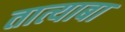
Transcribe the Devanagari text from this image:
तात्याबा